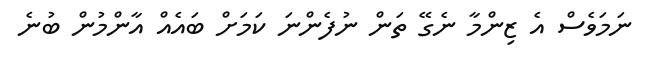
ނަމަވެސް އެ ޒިންމާ ނެގޭ ތަން ނުފެންނަ ކަމަށް ބައެއް އާންމުން ބުނެ